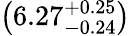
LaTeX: \left(6.27_{-0.24}^{+0.25}\right)